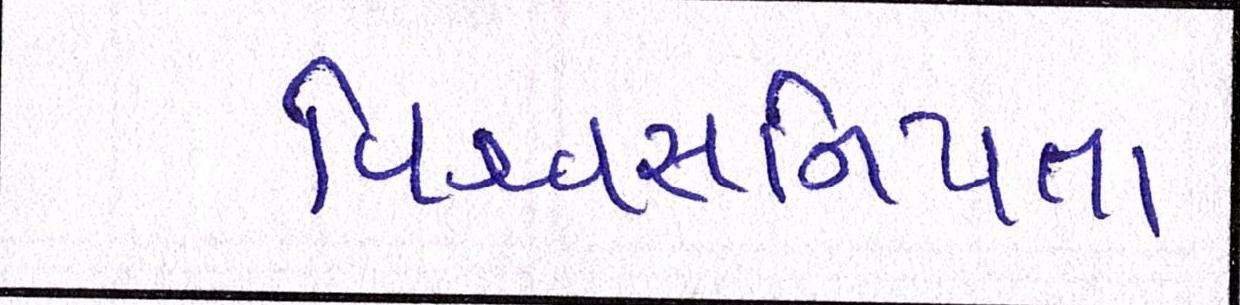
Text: વિશ્વસનિયતા